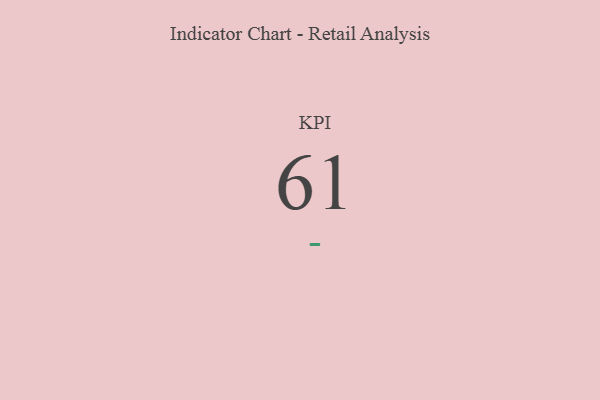
{"axis": {"x": "KPI", "y": "Value"}, "legend": [""], "data": [{"x": "KPI", "y": 61, "type": ""}]}